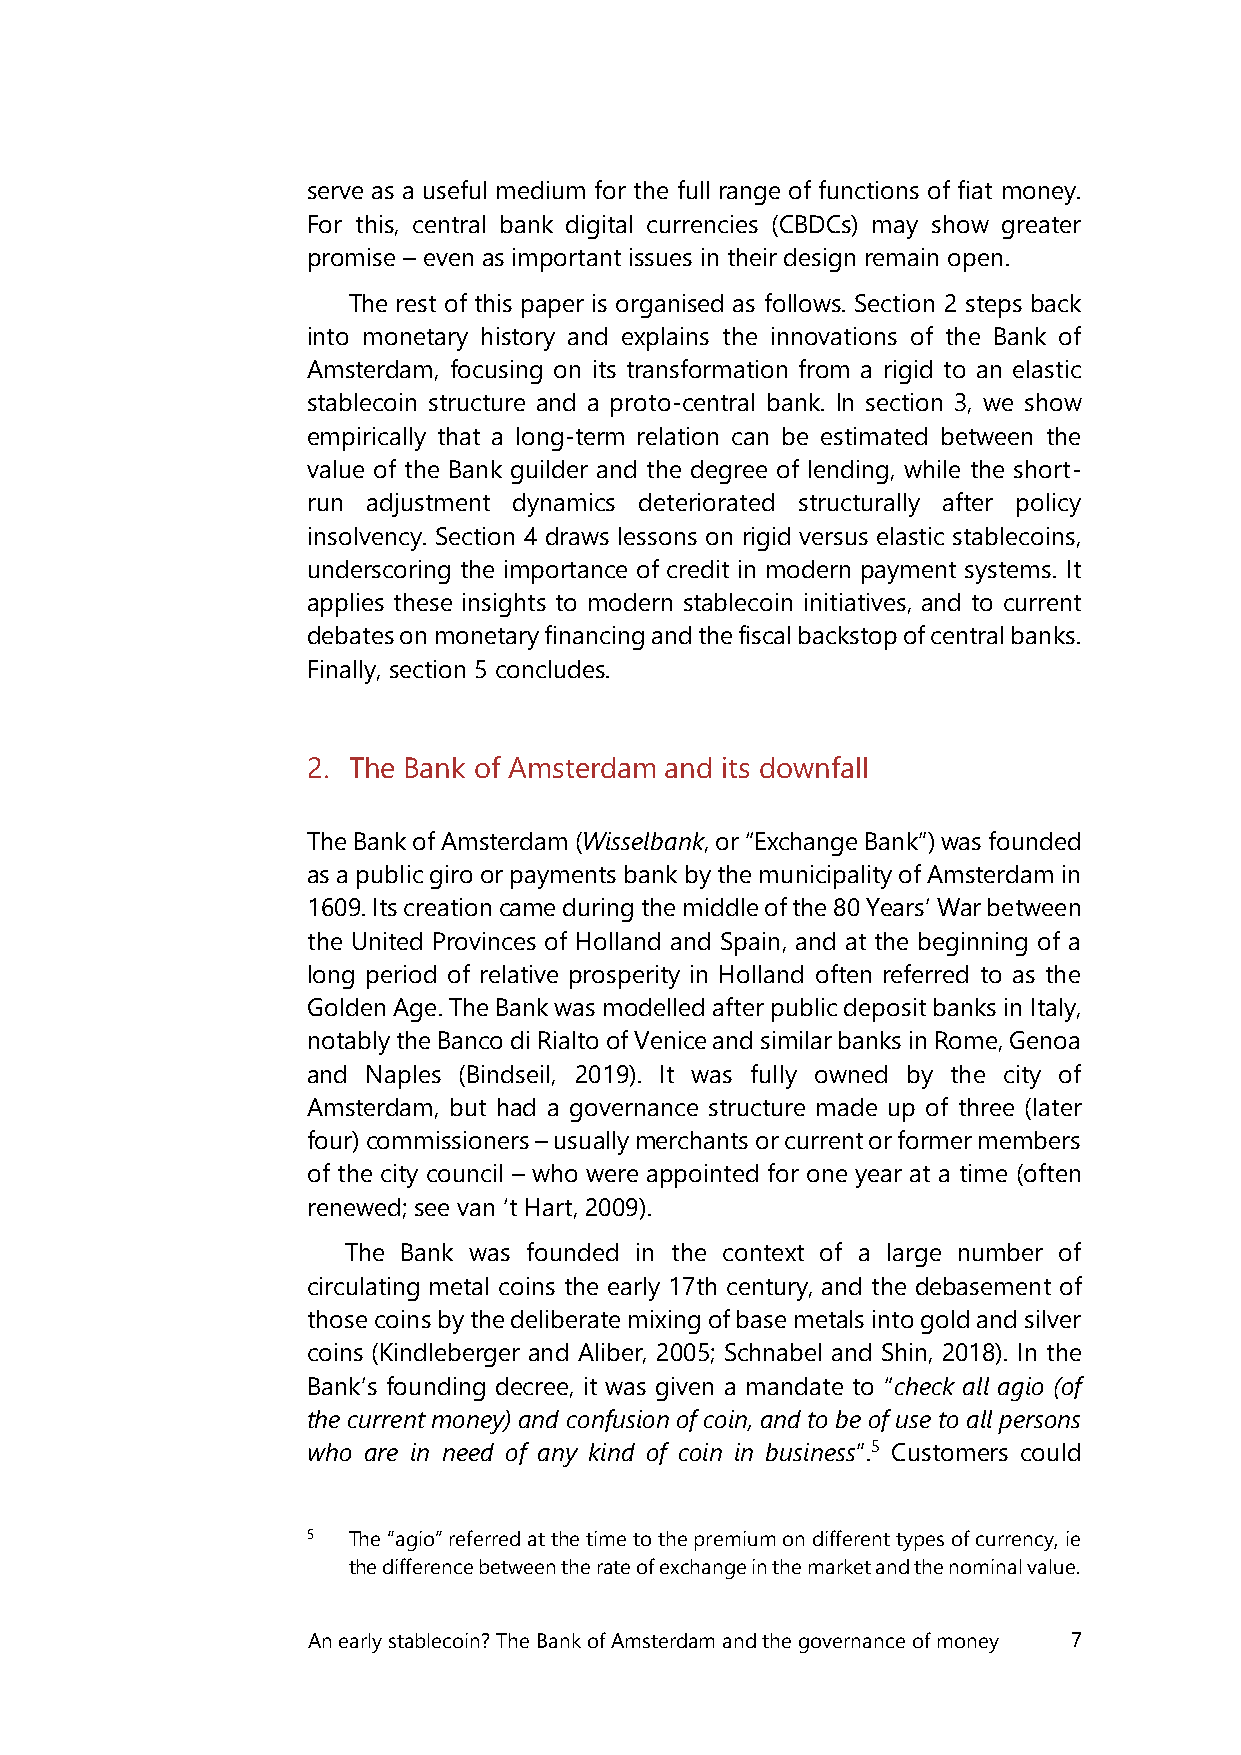
serve as a useful medium for the full range of functions of fiat money.
 For this, central bank digital currencies (CBDCs) may show greater
 promise – even as important issues in their design remain open.
 The rest of this paper is organised as follows. Section 2 steps back
 into monetary history and explains the innovations of the Bank of
 Amsterdam, focusing on its transformation from a rigid to an elastic
 stablecoin structure and a proto-central bank. In section 3, we show
 empirically that a long-term relation can be estimated between the
 value of the Bank guilder and the degree of lending, while the short-
 run adjustment dynamics deteriorated structurally after policy
 insolvency. Section 4 draws lessons on rigid versus elastic stablecoins,
 underscoring the importance of credit in modern payment systems. It
 applies these insights to modern stablecoin initiatives, and to current
 debates on monetary financing and the fiscal backstop of central banks.
 Finally, section 5 concludes.
 2. The Bank of Amsterdam and its downfall
 The Bank of Amsterdam (Wisselbank, or “Exchange Bank”) was founded
 as a public giro or payments bank by the municipality of Amsterdam in
 1609. Its creation came during the middle of the 80 Years’ War between
 the United Provinces of Holland and Spain, and at the beginning of a
 long period of relative prosperity in Holland often referred to as the
 Golden Age. The Bank was modelled after public deposit banks in Italy,
 notably the Banco di Rialto of Venice and similar banks in Rome, Genoa
 and Naples (Bindseil, 2019). It was fully owned by the city of
 Amsterdam, but had a governance structure made up of three (later
 four) commissioners – usually merchants or current or former members
 of the city council – who were appointed for one year at a time (often
 renewed; see van ‘t Hart, 2009).
 The Bank was founded in the context of a large number of
 circulating metal coins the early 17th century, and the debasement of
 those coins by the deliberate mixing of base metals into gold and silver
 coins (Kindleberger and Aliber, 2005; Schnabel and Shin, 2018). In the
 Bank’s founding decree, it was given a mandate to “check all agio (of
 the current money) and confusion of coin, and to be of use to all persons
 who are in need of any kind of coin in business”.5 Customers could
 5  The “agio” referred at the time to the premium on different types of currency, ie
 the difference between the rate of exchange in the market and the nominal value.
 An early stablecoin? The Bank of Amsterdam and the governance of money 7